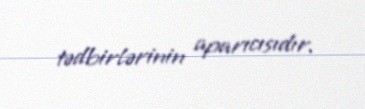
tədbirlərinin aparıcısıdır.